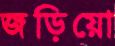
জড়িয়ো